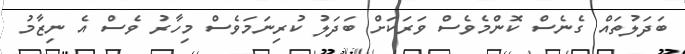
ބަދަލުތައް ގެނެސް ކޮންމެވެސް ވަރަކަށް ބަދަލު ކުރިނަމަވެސް މިހާރު ވެސް އެ ނިޒާމު